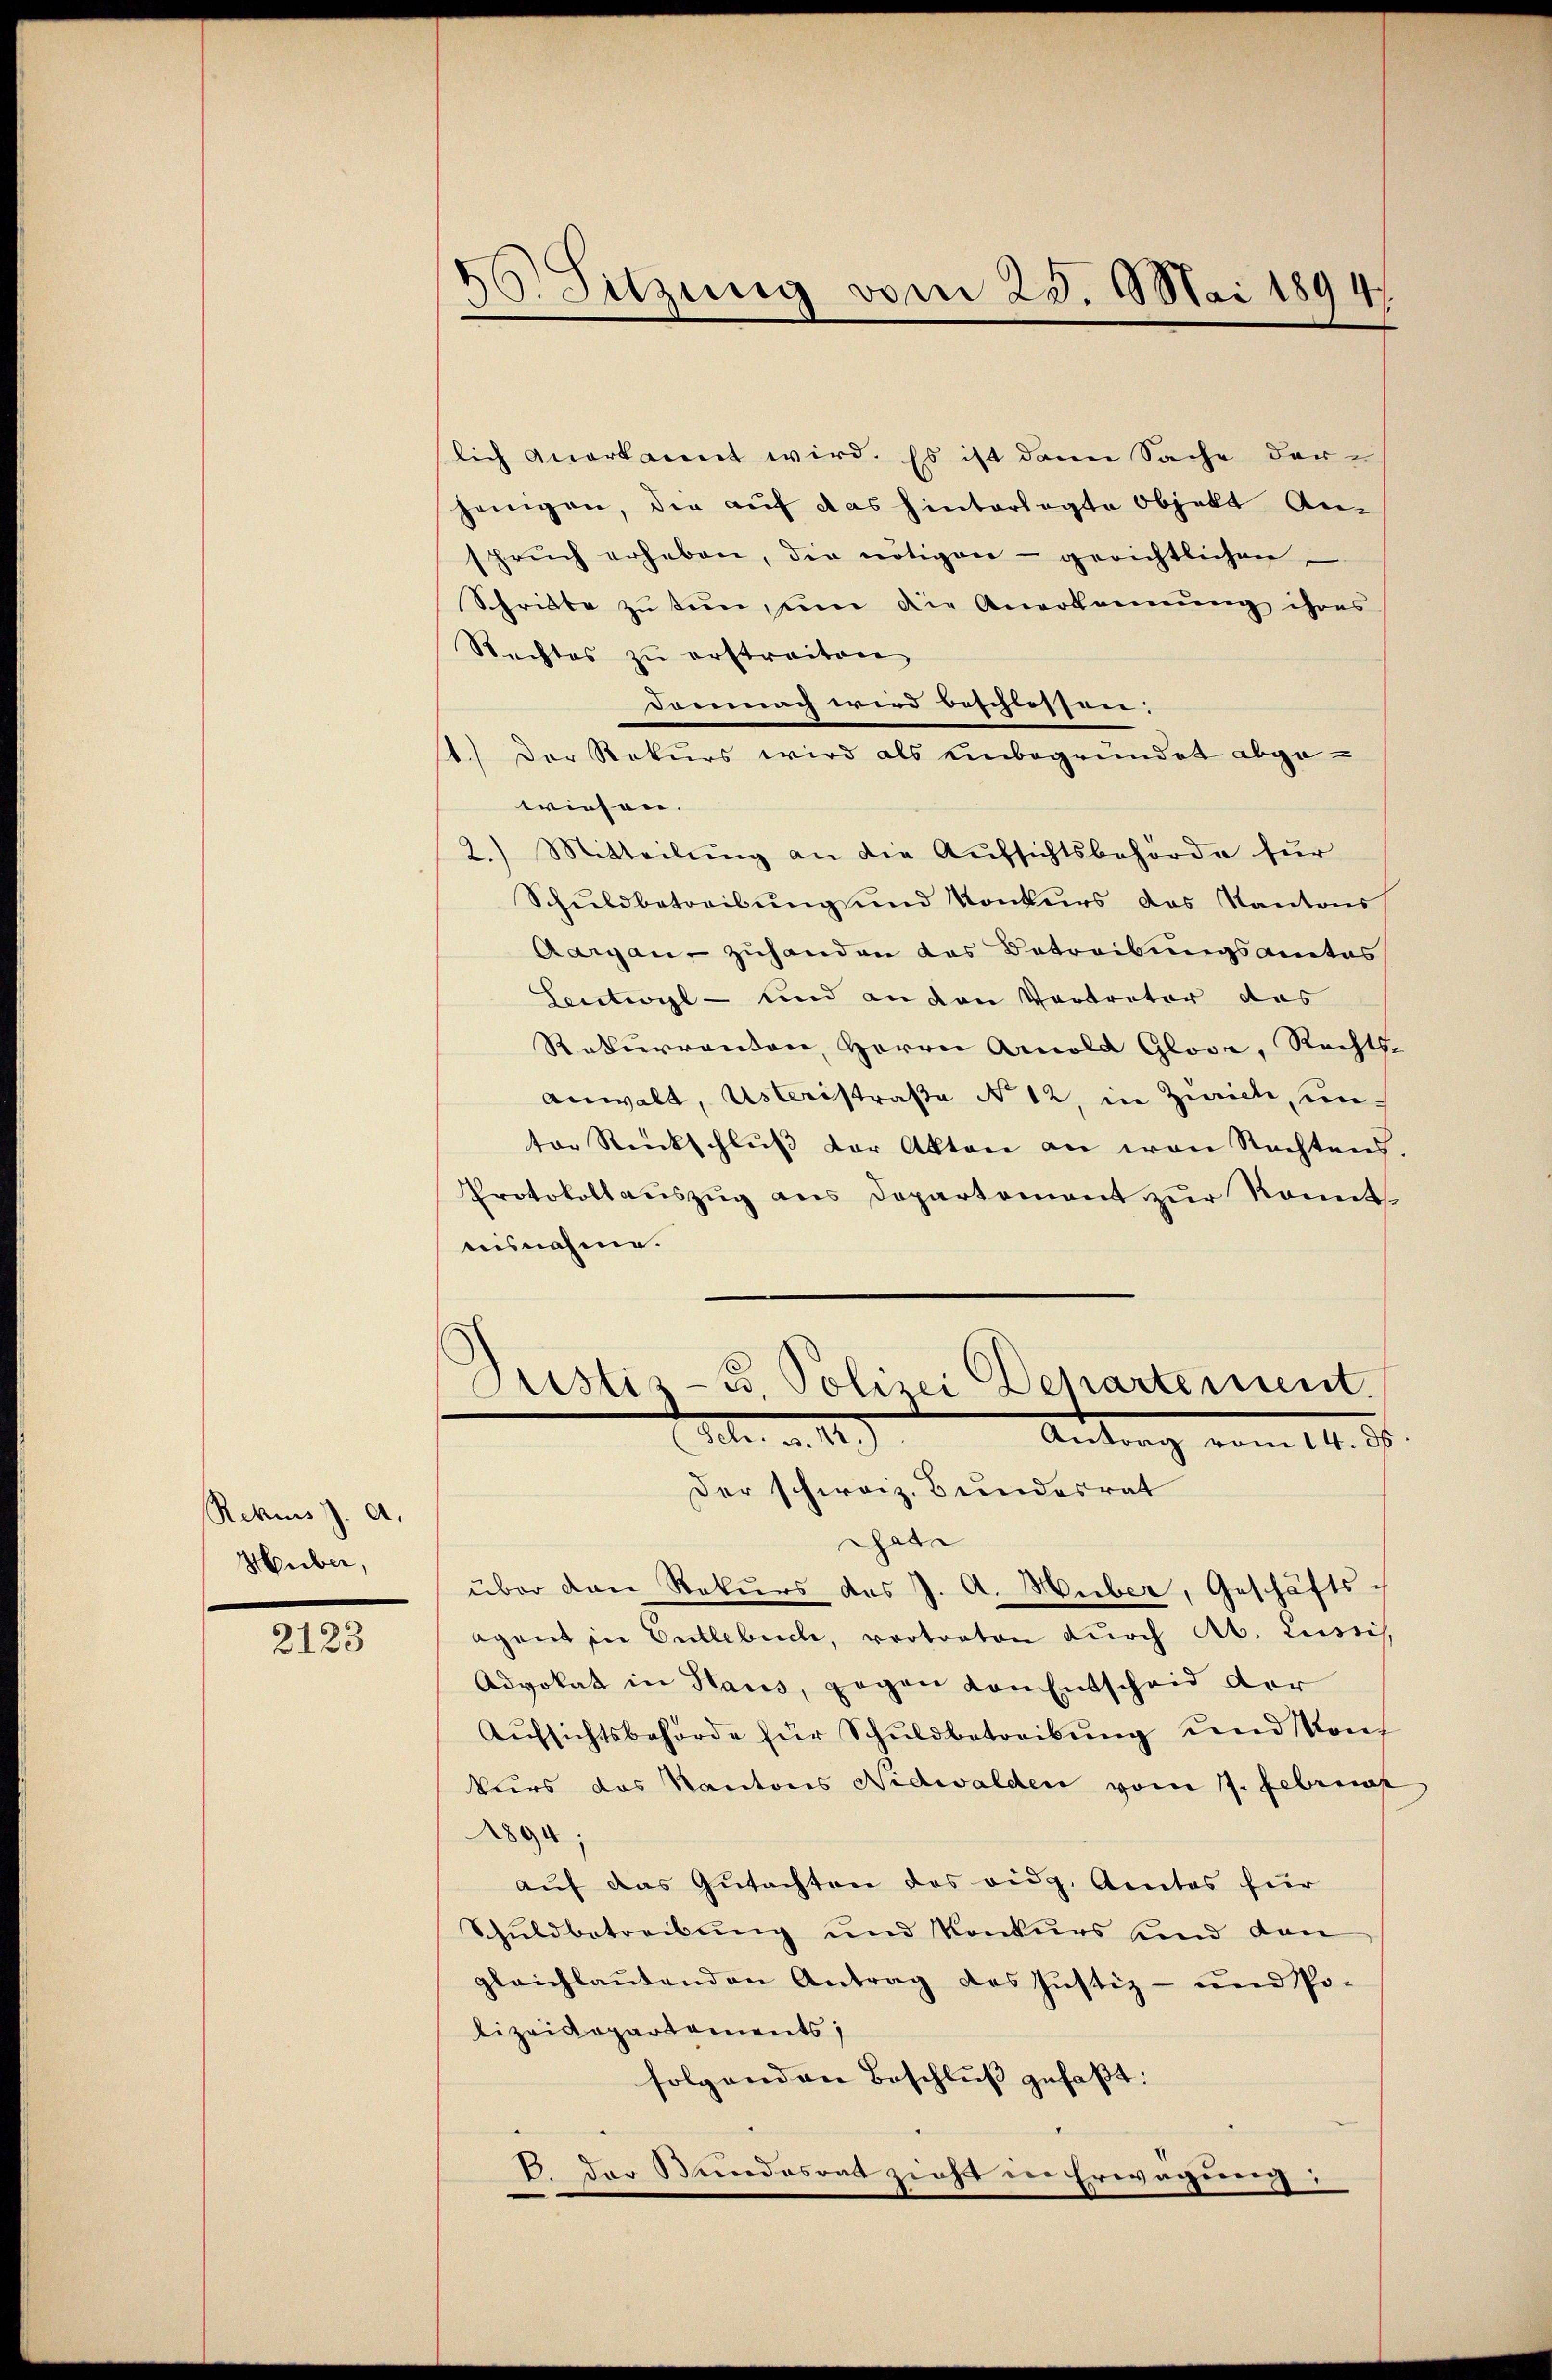
Rekurs J. A.
Huber,

2123

16. Sitzung vom 23. Mai 1894

lich anerkannt wird. Es ist dann Sache der
jenigen, die auf das hinterlegte Objekt Ansprŭch erheben, die nötigen - gerichtlichen
Schriebe zu tun, um die Anerkennung ihres
Rechtes zŭ erstreiten
dommach wird beschlossen.
1.) Der Rekurs wird als einbegründet abgewiesen.
2.) Mitteilŭng an die Aufsichtsbehörde für
Schŭldbetreibŭng ŭnd Konkurs das Kantons
Aargau - zuhanden das Betreibungsantas
Seutwyl – und an den Vertreter das
Rekurrenten, Herrn Arnold Glove, Rechts-
anwalt, Usteristraße No 12, in Zürich, untor Rückschlŭβ der Akten an von Nachtend.
Protokollauszug aus Departement zur Konnt
aisnahme.
Pristis-u. Polizei Departement.
t. a. 12.
Antrag vom 14. d.
Der schweiz. Bundesrat
Thate
über den Rekurs des J. A. Huber, Geschäftsagant in Entlebuch, vortraton durch Ab. Lussis
Advokat in Haus, gegen von Entscheid der
Aŭfsichtsbehörde für Schuldbetreibŭng und Konf
kurs das Kantons Nidwalden vom 17. Februar
1894;
auf das Gutachten des eidg. Amtes für
Schuldbetreibung und Konkurs sind dan
gleichlaŭtenden Antrag des Justiz- und Po-
lizeidepartements;
folgenden Beschluß gefaßt:
B. der Bundesrat zieht der Erwägung: